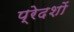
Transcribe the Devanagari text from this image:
प्रेदशों